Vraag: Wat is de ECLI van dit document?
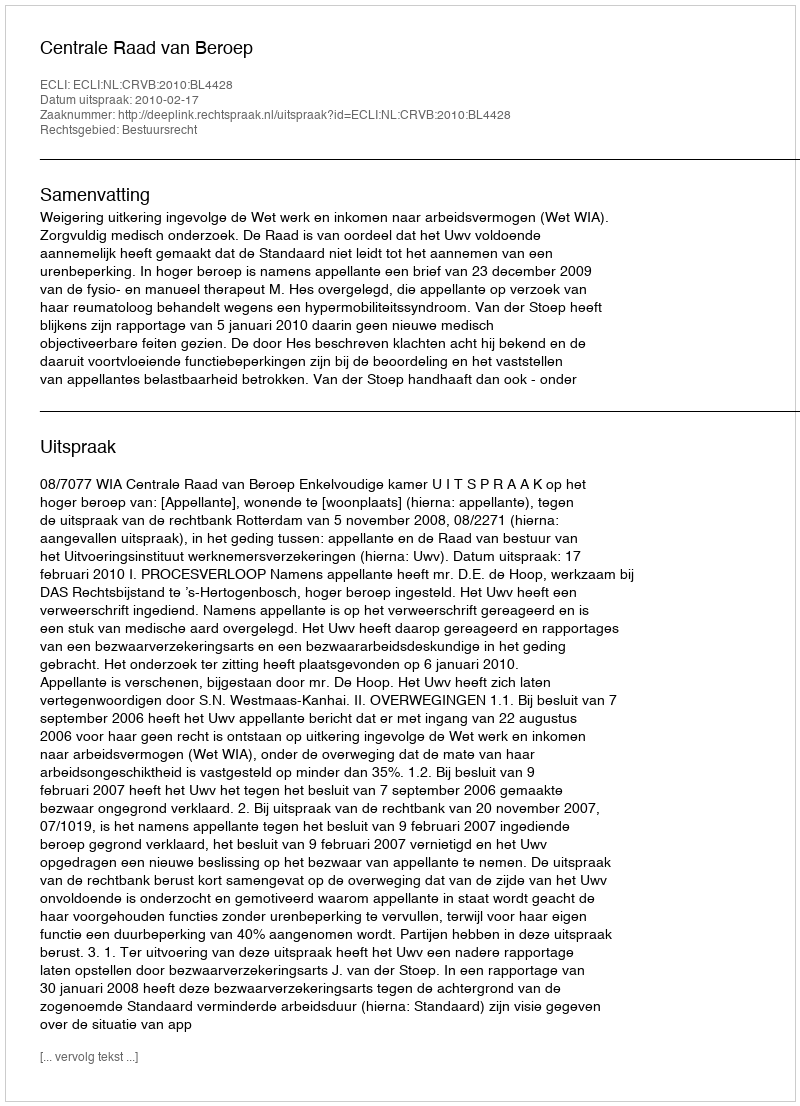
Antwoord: ECLI:NL:CRVB:2010:BL4428